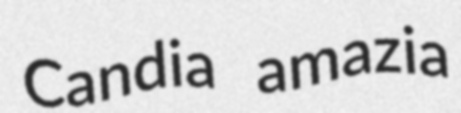
Candia amazia